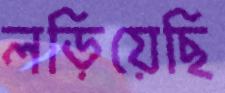
লড়িয়েছি